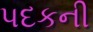
પદકની